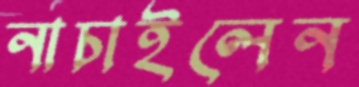
নাচাইলেন